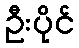
ဦးပိုင်